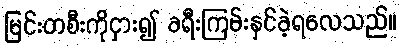
မြင်းတစီးကိုငှား၍ ခရီးကြမ်းနှင်ခဲ့ရလေသည်။